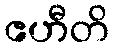
ဧဟီတိ